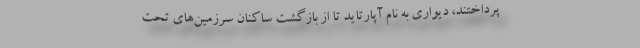
پرداختند، دیواری به نام آپارتاید تا از بازگشت ساکنان سرزمین‌های تحت